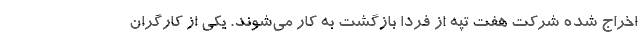
اخراج شده شرکت هفت تپه از فردا بازگشت به کار می‌شوند. یکی از کارگران